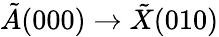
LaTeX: \tilde{A}(000)\rightarrow\tilde{X}(010)